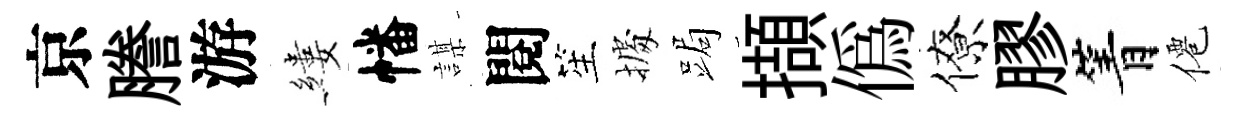
京謄游縷幡謀閱笙𢴃跼擷僞僚膠箐僊